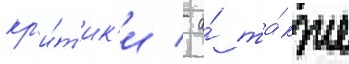
кр'и́т'ик'и / а́ та́кже